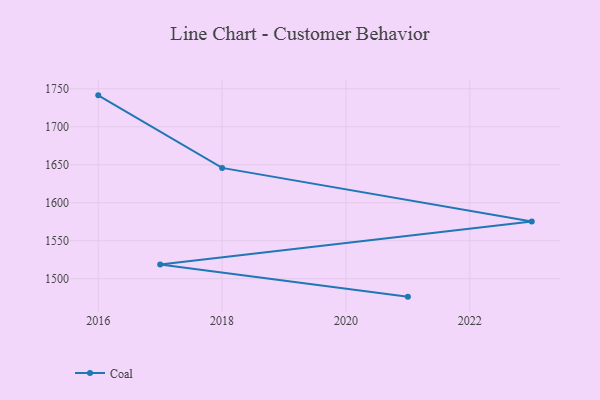
{"axis": {"x": "Year", "y": "Conversion Rate (%)"}, "legend": ["Coal"], "data": [{"x": "2016", "y": 1741.4, "type": "Coal"}, {"x": "2018", "y": 1645.9, "type": "Coal"}, {"x": "2023", "y": 1575.4, "type": "Coal"}, {"x": "2017", "y": 1518.6, "type": "Coal"}, {"x": "2021", "y": 1476.4, "type": "Coal"}]}